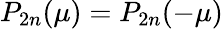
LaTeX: P_{2n}(\mu)=P_{2n}(-\mu)